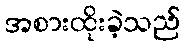
အစားထိုးခဲ့သည်